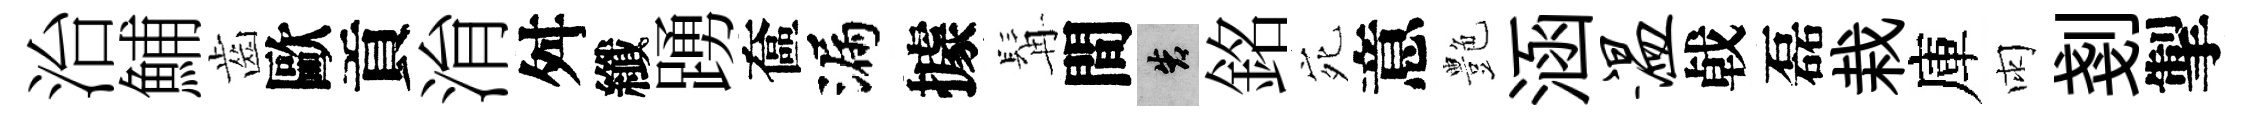
治鯆齒歐貢㳙舛纖踴奩漏據髯間告銘宛意艶涵温㦸磊栽庫雨剗掣